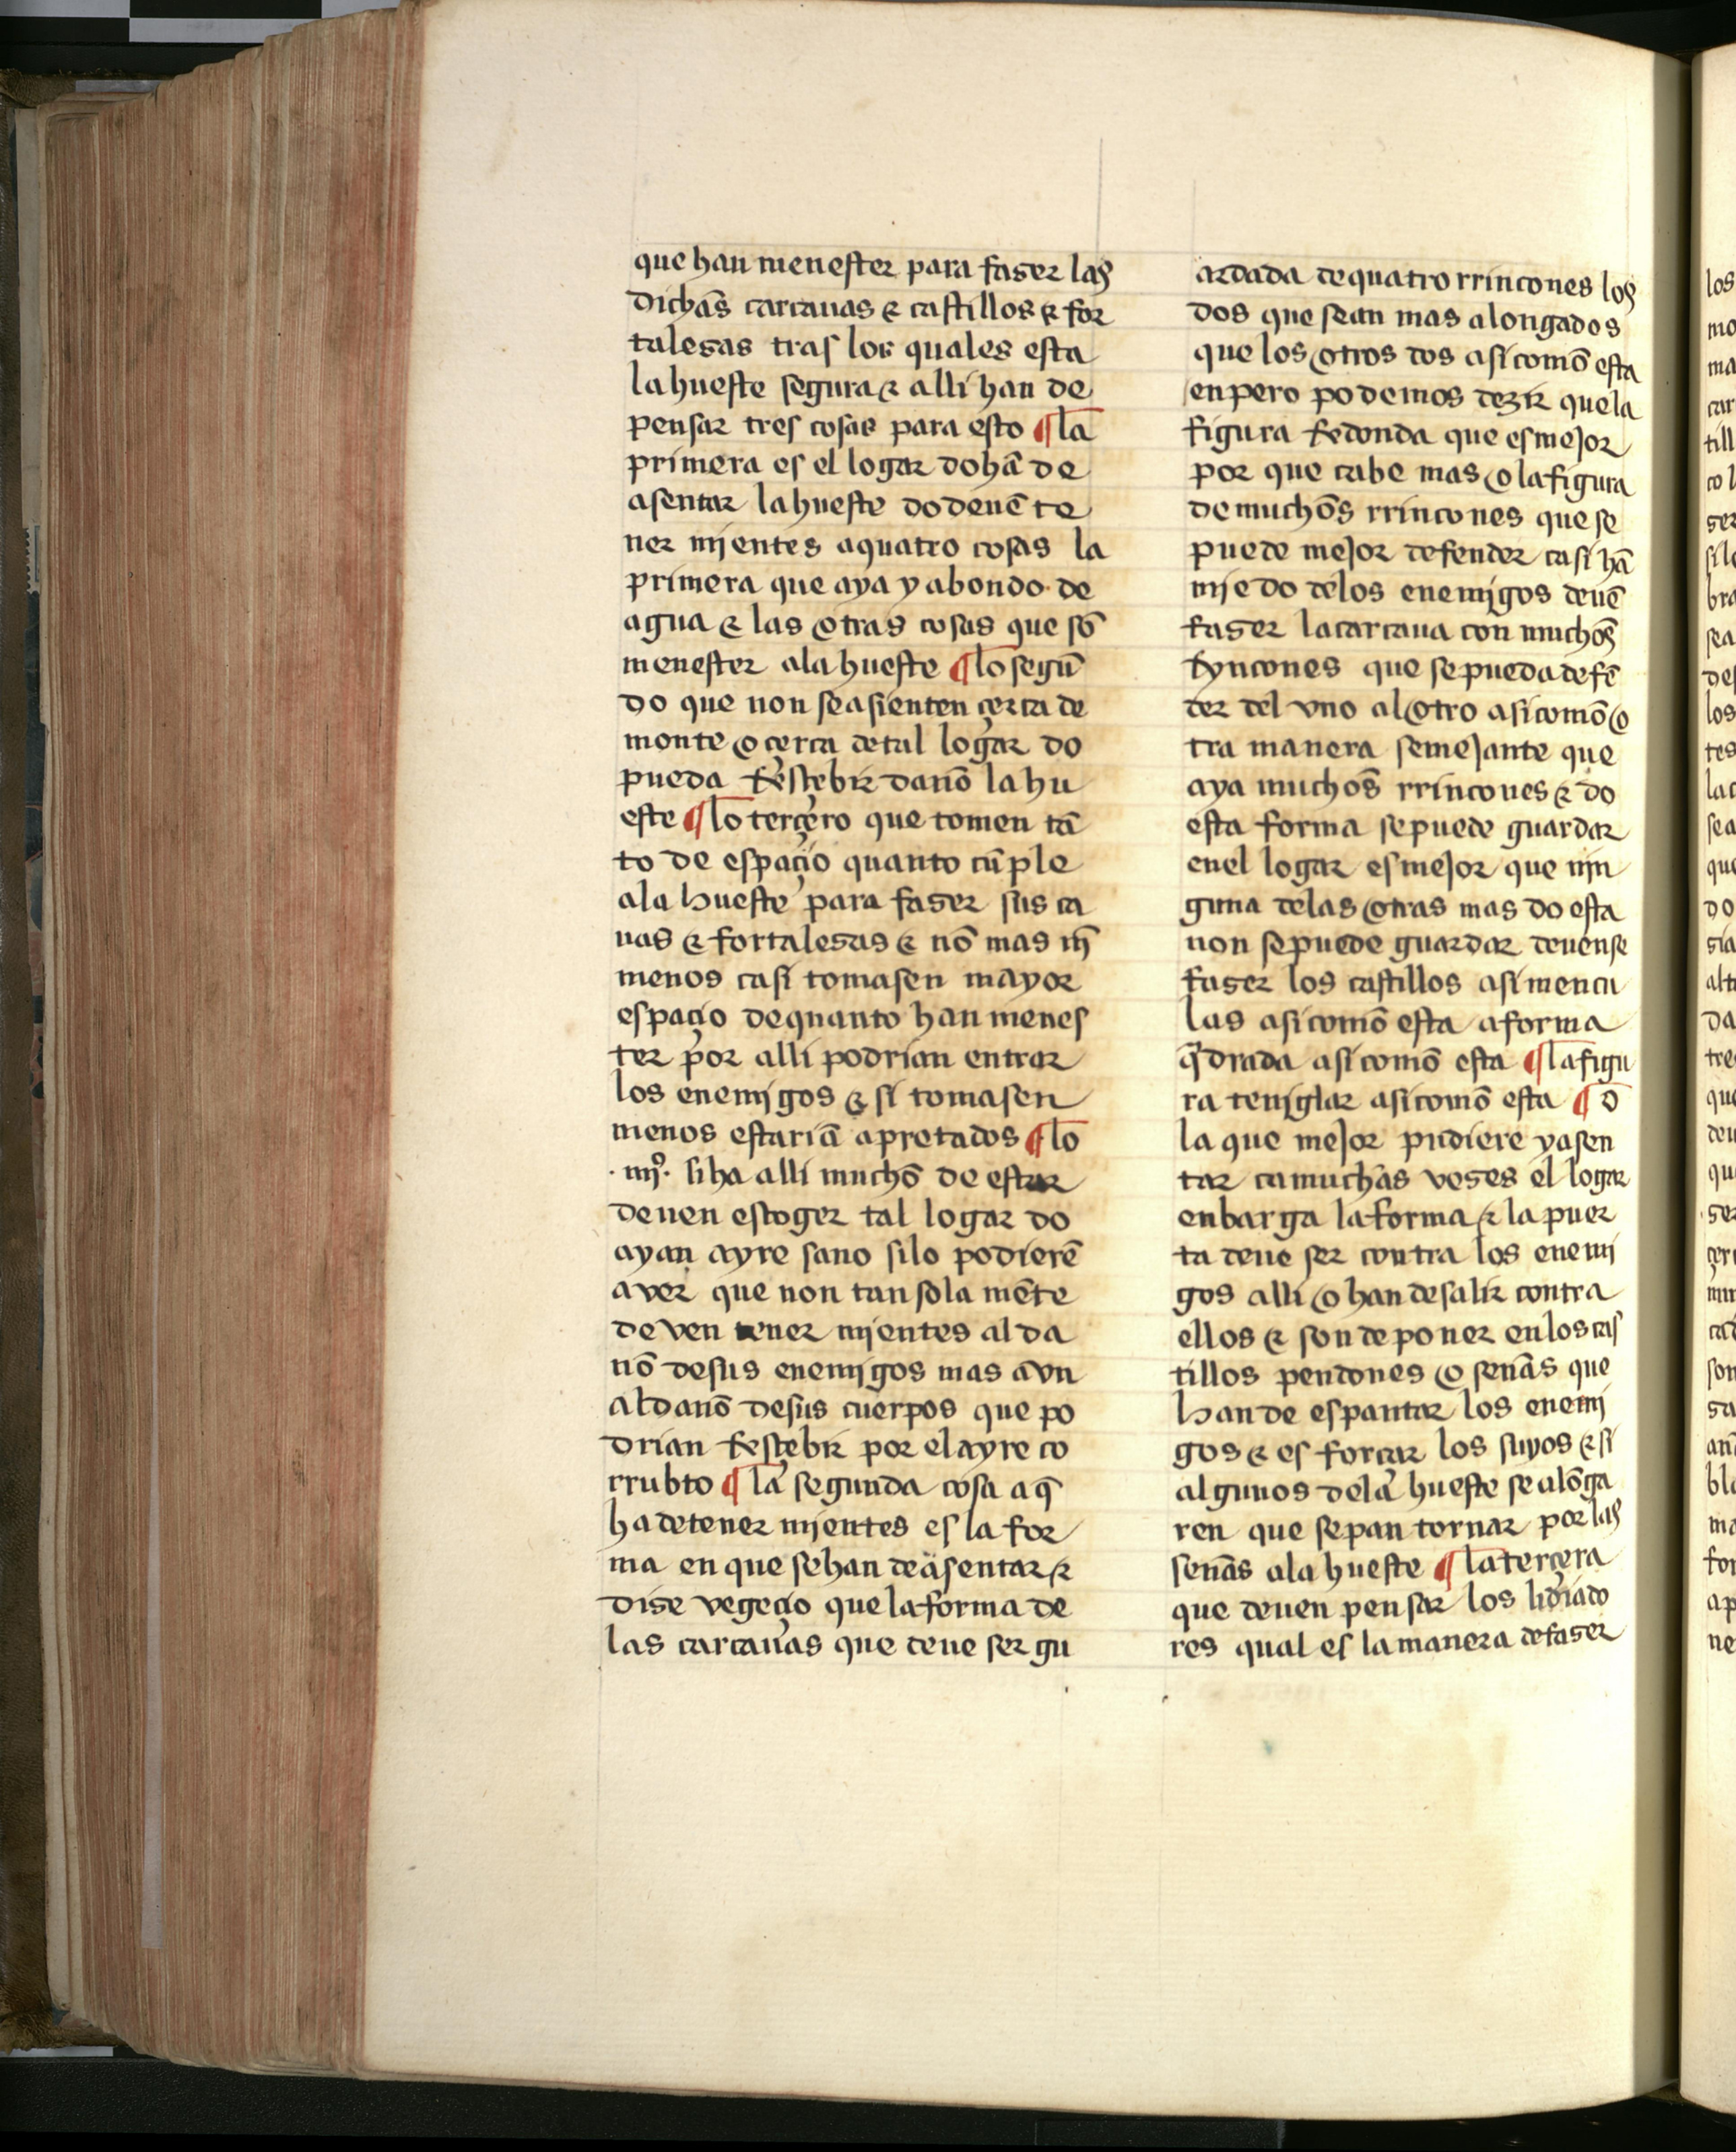
Shelfmark: Salamanca, Biblioteca Histórica USAL, 2709
Century: 15